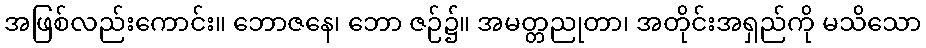
အဖြစ်လည်းကောင်း။ ဘောဇနေ၊ ဘော ဇဉ်၌။ အမတ္တညုတာ၊ အတိုင်းအရှည်ကို မသိသော